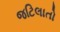
જટિલાતો